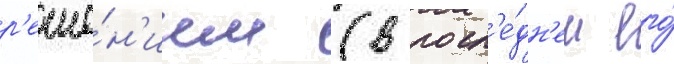
р'еше́н'ием (в посл'е́дн'ем его́